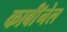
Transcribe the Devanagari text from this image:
कार्बाॅनेल